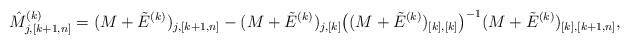
\begin{align*}\hat M^{(k)}_{j,[k+1,n]}= (M+\tilde E^{(k)})_{j,[k+1,n]} -(M+\tilde E^{(k)})_{j,[k]} \big((M+\tilde E^{(k)})_{[k],[k]} \big)^{-1} (M+\tilde E^{(k)})_{[k], [k+1,n]},\end{align*}